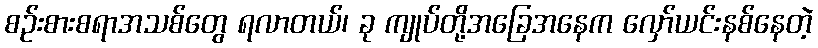
စဉ်းစားစရာအသစ်တွေ ရလာတယ်၊ ခု ကျုပ်တို့အခြေအနေက လှော်ယင်းနစ်နေတဲ့